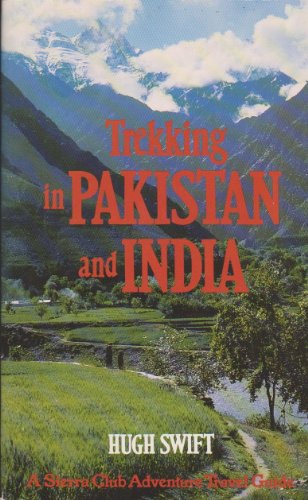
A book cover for SC-TREKKING PAKIST&IND (Trekking in Pakistan and India); Hugh Swift; Travel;